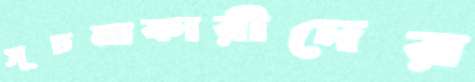
সূচনাকারীদের